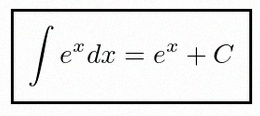
\int e^x dx=e^x+C